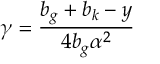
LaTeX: \gamma = \frac { b _ { g } + b _ { k } - y } { 4 b _ { g } \alpha ^ { 2 } }